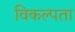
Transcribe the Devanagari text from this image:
विकल्पता